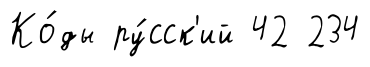
Ко́ды ру́сск'ий 42 234